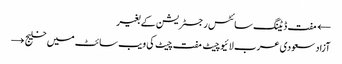
← مفت ڈیٹنگ سائٹس رجسٹریشن کے بغیر
آزاد سعودی عرب لائیو چیٹ مفت چیٹ کی ویب سائٹ میں خلیج →